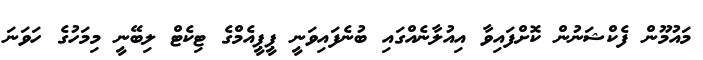
މައުމޫން ފެކްޝަނުން ކޮށްފައިވާ އިއުލާނެއްގައި ބުނެފައިވަނީ ޕީޕީއެމްގެ ޓިކެޓް ލިބޭނީ މިމަހުގެ ހަވަނަ